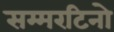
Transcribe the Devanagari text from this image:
सम्मरटिनो